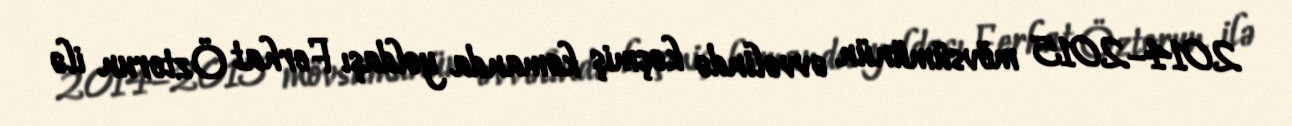
2014–2015 mövsümünün əvvəlində keçmiş komanda yoldaşı Ferhat Öztorun ilə